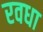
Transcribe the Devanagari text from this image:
रवधा